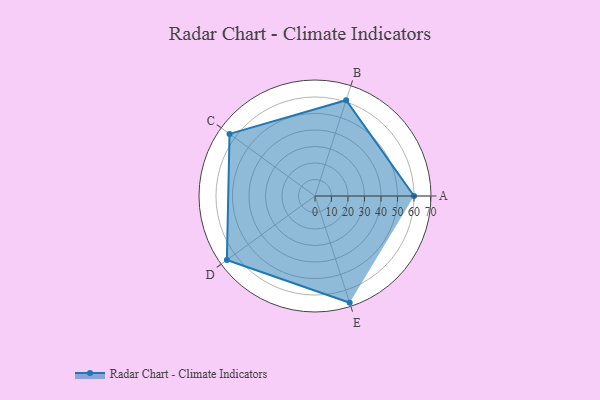
{"axis": {"x": "Skill", "y": "Score"}, "legend": ["Profile"], "data": [{"x": "A", "y": 60.0, "type": "Profile"}, {"x": "B", "y": 61.0, "type": "Profile"}, {"x": "C", "y": 64.0, "type": "Profile"}, {"x": "D", "y": 66.0, "type": "Profile"}, {"x": "E", "y": 68.0, "type": "Profile"}]}